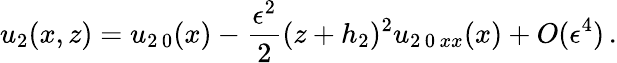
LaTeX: u_{2}(x,z)=u_{2\, 0}(x)-\frac{\epsilon^{2}}{2}(z+h_{2})^{2}u_{2\, 0\, xx}(x)+O(\epsilon^{4})\, .